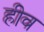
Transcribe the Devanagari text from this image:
हीव